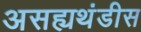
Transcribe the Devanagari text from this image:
असह्यथंडीस